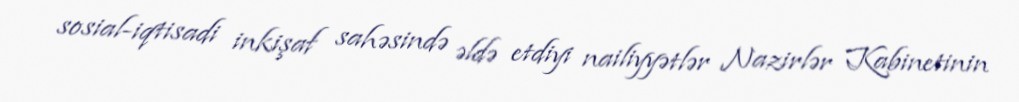
sosial-iqtisadi inkişaf sahəsində əldə etdiyi nailiyyətlər Nazirlər Kabinetinin